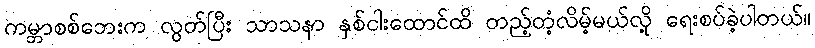
ကမ္ဘာစစ်ဘေးက လွတ်ပြီး သာသနာ နှစ်ငါးထောင်ထိ တည့်တံ့လိမ့်မယ်လို့ ရေးစပ်ခဲ့ပါတယ်။